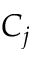
C _ { j }